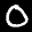
Label: 0